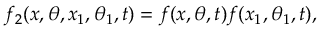
f _ { 2 } ( x , \theta , x _ { 1 } , \theta _ { 1 } , t ) { } = { } f ( x , \theta , t ) f ( x _ { 1 } , \theta _ { 1 } , t ) ,